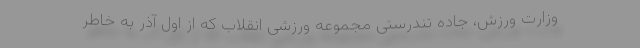
وزارت ورزش، جاده تندرستی مجموعه ورزشی انقلاب که از اول آذر به خاطر